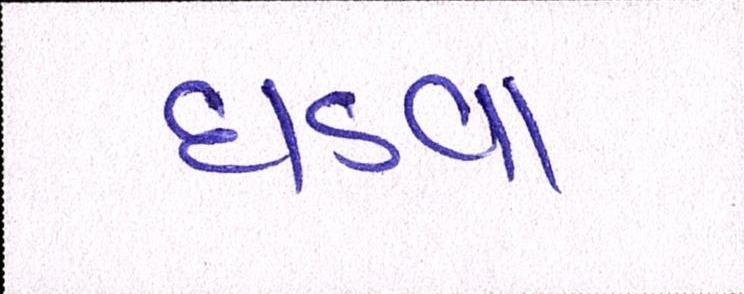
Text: ઘડવા